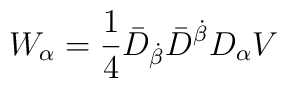
W_\alpha =\frac 14\bar D_{\dot\beta}\bar D^{\dot\beta} D_\alpha V